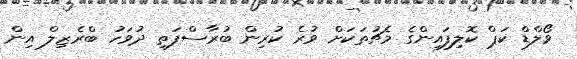
ވޯލްޑް ކަޕް ކޮލިފައިންގެ މެޗުތަކަށް ވުރެ ކުރިން ބުރާސްފަތި ދުވަހު ބްރެޒިލް އިން